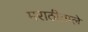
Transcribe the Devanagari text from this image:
मराठीताले